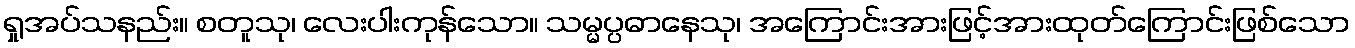
ရှုအပ်သနည်း။ စတူသု၊ လေးပါးကုန်သော။ သမ္မပ္ပဓာနေသု၊ အကြောင်းအားဖြင့်အားထုတ်ကြောင်းဖြစ်သော